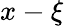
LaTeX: x-\xi